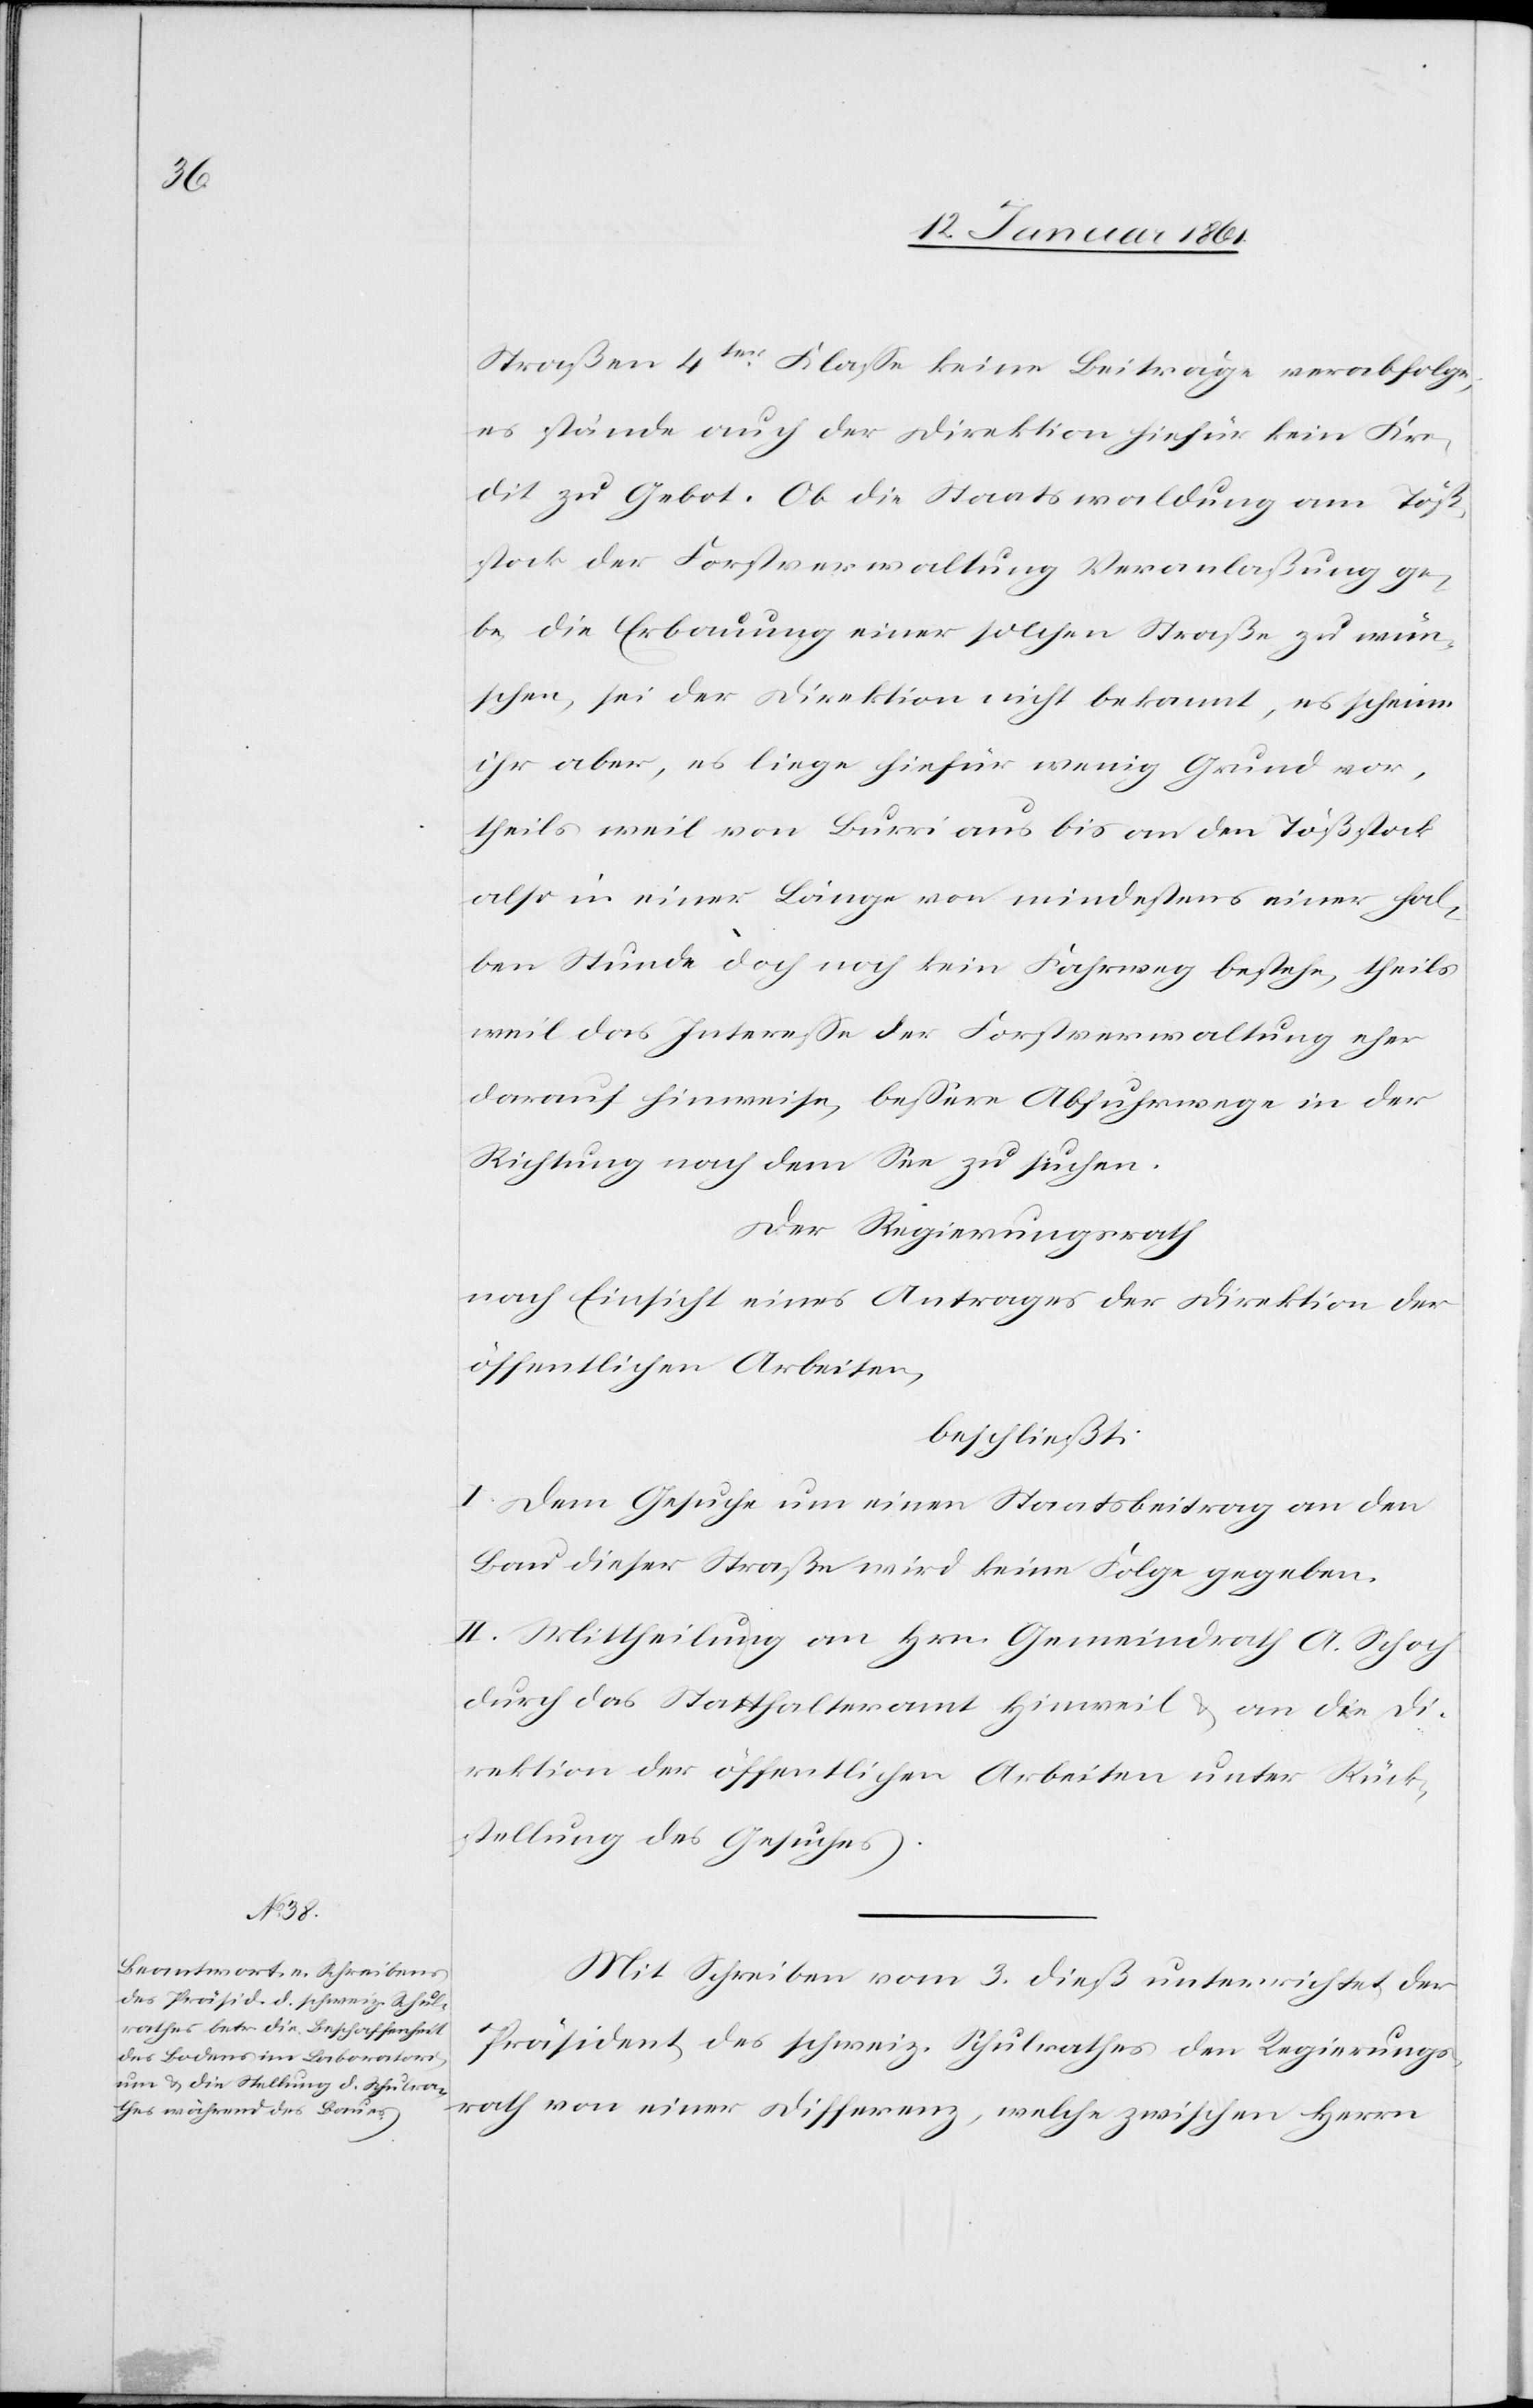
Straßen 4ter Klasse keine Beiträge verabfolge,
es stände auch der Direktion hiefür kein Kre¬
dit zu Gebot. Ob die Staatswaldung am Töß¬
stock der Forstverwaltung Veranlaßung ge¬
be, die Erbauung einer solchen Straße zu wün¬
schen, sei der Direktion nicht bekannt, es scheine
ihr aber, es liege hiefür wenig Grund vor,
theils weil von Burri aus bis an den Tößstock
also in einer Länge von mindestens einer Hal¬
ben Stunde doch noch kein Fahrweg bestehe, theils
weil das Interesse der Forstverwaltung eher
darauf hinweise, bessere Abfuhrwege in der
Richtung nach dem See zu suchen.
Der Regierungsrath
nach Einsicht eines Antrages der Direktion der
öffentlichen Arbeiten,
beschließt:
I. Dem Gesuche um einen Staatsbeitrag an den
Bau dieser Straße wird keine Folge gegeben.
II. Mittheilung an Hrn. Gemeindrath A. Schoch
durch das Statthalteramt Hinweil u. an die Di¬
rektion der öffentlichen Arbeiten unter Rück¬
stellung des Gesuches.
Mit Schreiben vom 3. dieß unterrichtet der
Präsident des schweiz. Schulrathes den Regierungs¬
rath von einer Differenz, welche zwischen Herrn